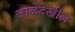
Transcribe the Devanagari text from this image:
जाळेदेखील